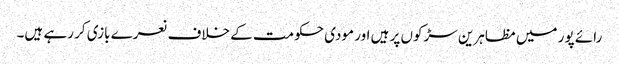
رائے پور میں مظاہرین سڑکوں پر ہیں اور مودی حکومت کے خلاف نعرے بازی کر رہے ہیں۔